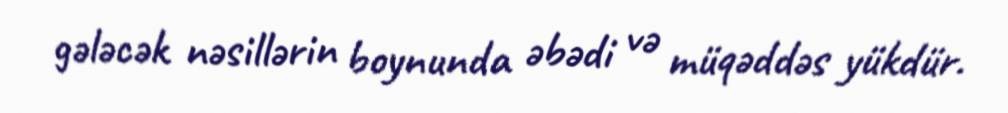
gələcək nəsillərin boynunda əbədi və müqəddəs yükdür.